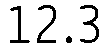
12.3